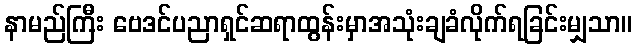
နာမည်ကြီး ဗေဒင်ပညာရှင်ဆရာထွန်းမှာအသုံးချခံလိုက်ရခြင်းမျှသာ။